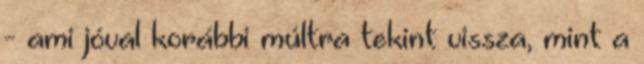
- ami jóval korábbi múltra tekint vissza, mint a